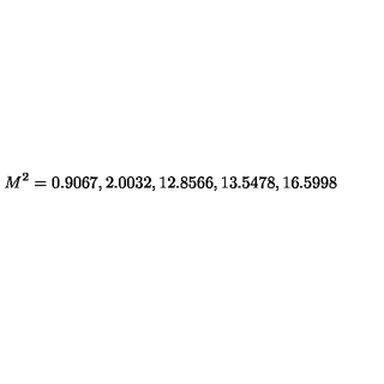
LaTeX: M ^ { 2 } = 0 . 9 0 6 7 , 2 . 0 0 3 2 , 1 2 . 8 5 6 6 , 1 3 . 5 4 7 8 , 1 6 . 5 9 9 8